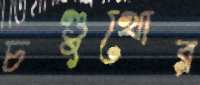
চণ্ডুখোর